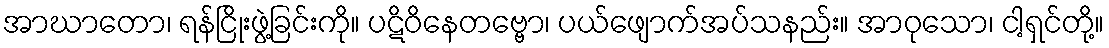
အာဃာတော၊ ရန်ငြိုးဖွဲ့ခြင်းကို။ ပဋိဝိနေတဗ္ဗော၊ ပယ်ဖျောက်အပ်သနည်း။ အာဝုသော၊ ငါ့ရှင်တို့။